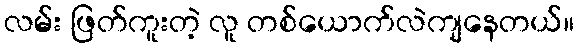
လမ်း ဖြတ်ကူးတဲ့ လူ တစ်ယောက်လဲကျနေတယ်။